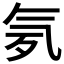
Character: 𣱚